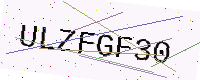
Text: ULZFGF30